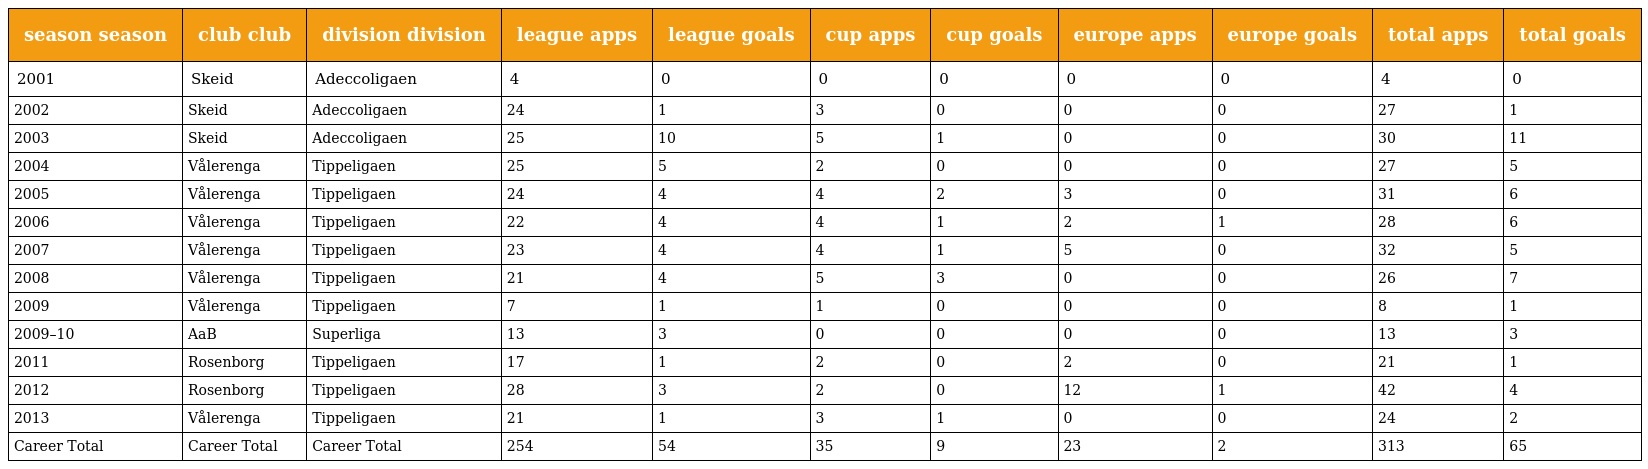
| season season | club club | division division | league apps | league goals | cup apps | cup goals | europe apps | europe goals | total apps | total goals |
 | --- | --- | --- | --- | --- | --- | --- | --- | --- | --- | --- |
 | 2001 | Skeid | Adeccoligaen | 4 | 0 | 0 | 0 | 0 | 0 | 4 | 0 |
 | 2002 | Skeid | Adeccoligaen | 24 | 1 | 3 | 0 | 0 | 0 | 27 | 1 |
 | 2003 | Skeid | Adeccoligaen | 25 | 10 | 5 | 1 | 0 | 0 | 30 | 11 |
 | 2004 | Vålerenga | Tippeligaen | 25 | 5 | 2 | 0 | 0 | 0 | 27 | 5 |
 | 2005 | Vålerenga | Tippeligaen | 24 | 4 | 4 | 2 | 3 | 0 | 31 | 6 |
 | 2006 | Vålerenga | Tippeligaen | 22 | 4 | 4 | 1 | 2 | 1 | 28 | 6 |
 | 2007 | Vålerenga | Tippeligaen | 23 | 4 | 4 | 1 | 5 | 0 | 32 | 5 |
 | 2008 | Vålerenga | Tippeligaen | 21 | 4 | 5 | 3 | 0 | 0 | 26 | 7 |
 | 2009 | Vålerenga | Tippeligaen | 7 | 1 | 1 | 0 | 0 | 0 | 8 | 1 |
 | 2009–10 | AaB | Superliga | 13 | 3 | 0 | 0 | 0 | 0 | 13 | 3 |
 | 2011 | Rosenborg | Tippeligaen | 17 | 1 | 2 | 0 | 2 | 0 | 21 | 1 |
 | 2012 | Rosenborg | Tippeligaen | 28 | 3 | 2 | 0 | 12 | 1 | 42 | 4 |
 | 2013 | Vålerenga | Tippeligaen | 21 | 1 | 3 | 1 | 0 | 0 | 24 | 2 |
 | Career Total | Career Total | Career Total | 254 | 54 | 35 | 9 | 23 | 2 | 313 | 65 |